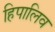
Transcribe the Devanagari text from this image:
हिपालिव